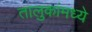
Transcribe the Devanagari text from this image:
तालुकांमध्ये